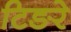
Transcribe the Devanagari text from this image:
टिङरे